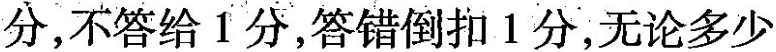
分，不答给Ⅰ分，答错倒扣1分，无论多少